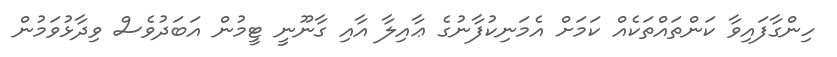
ހިންގާފައިވާ ކަންތައްތަކެއް ކަމަށް އެމަނިކުފާނުގެ ޢާއިލާ އާއި ގާނޫނީ ޓީމުން އަބަދުވެސް ވިދާޅުވަމުން